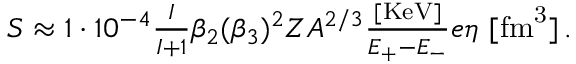
\begin{array} { r } { S \approx 1 \cdot 1 0 ^ { - 4 } \frac { I } { I + 1 } \beta _ { 2 } ( \beta _ { 3 } ) ^ { 2 } Z A ^ { 2 / 3 } \frac { [ \mathrm { { K e V } ] } } { E _ { + } - E _ { - } } e \eta \ [ \mathrm { { f m } ^ { 3 } ] \, . } } \end{array}